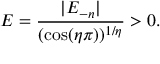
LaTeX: E = \frac { | E _ { - n } | } { ( \cos ( \eta \pi ) ) ^ { 1 / \eta } } > 0 .